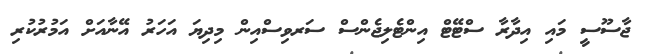
ޖާސޫސީ މައި އިދާރާ ސްޓޭޓް އިންޓެލިޖެންސް ސަރވިސްއިން މިދިޔަ އަހަރު އޭނާއަށް އަމުރުކުރި